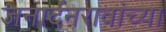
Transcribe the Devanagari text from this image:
जनार्दनरावांच्या